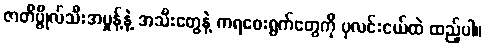
ဇာတိပ္ဇိုလ်သီးအမှုန့်နဲ့ အသီးတွေနဲ့ ကရဝေးရွက်တွေကို ပုလင်းငယ်ထဲ ထည့်ပါ။